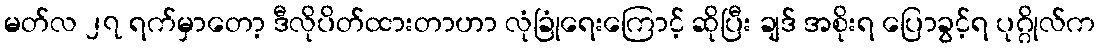
မတ်လ ၂၇ ရက်မှာတော့ ဒီလိုပိတ်ထားတာဟာ လုံခြုံရေးကြောင့် ဆိုပြီး ချဒ် အစိုးရ ပြောခွင့်ရ ပုဂ္ဂိုလ်က